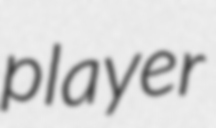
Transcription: player